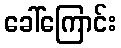
ခေါ်ကြောင်း